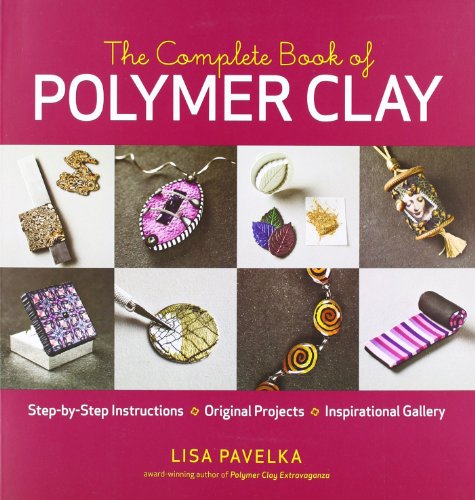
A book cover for The Complete Book of Polymer Clay; Ellen Lisa Pavelka; Crafts, Hobbies & Home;